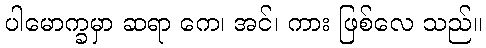
ပါမောက္ခမှာ ဆရာ ကေ၊ အင်၊ ကား ဖြစ်လေ သည်။